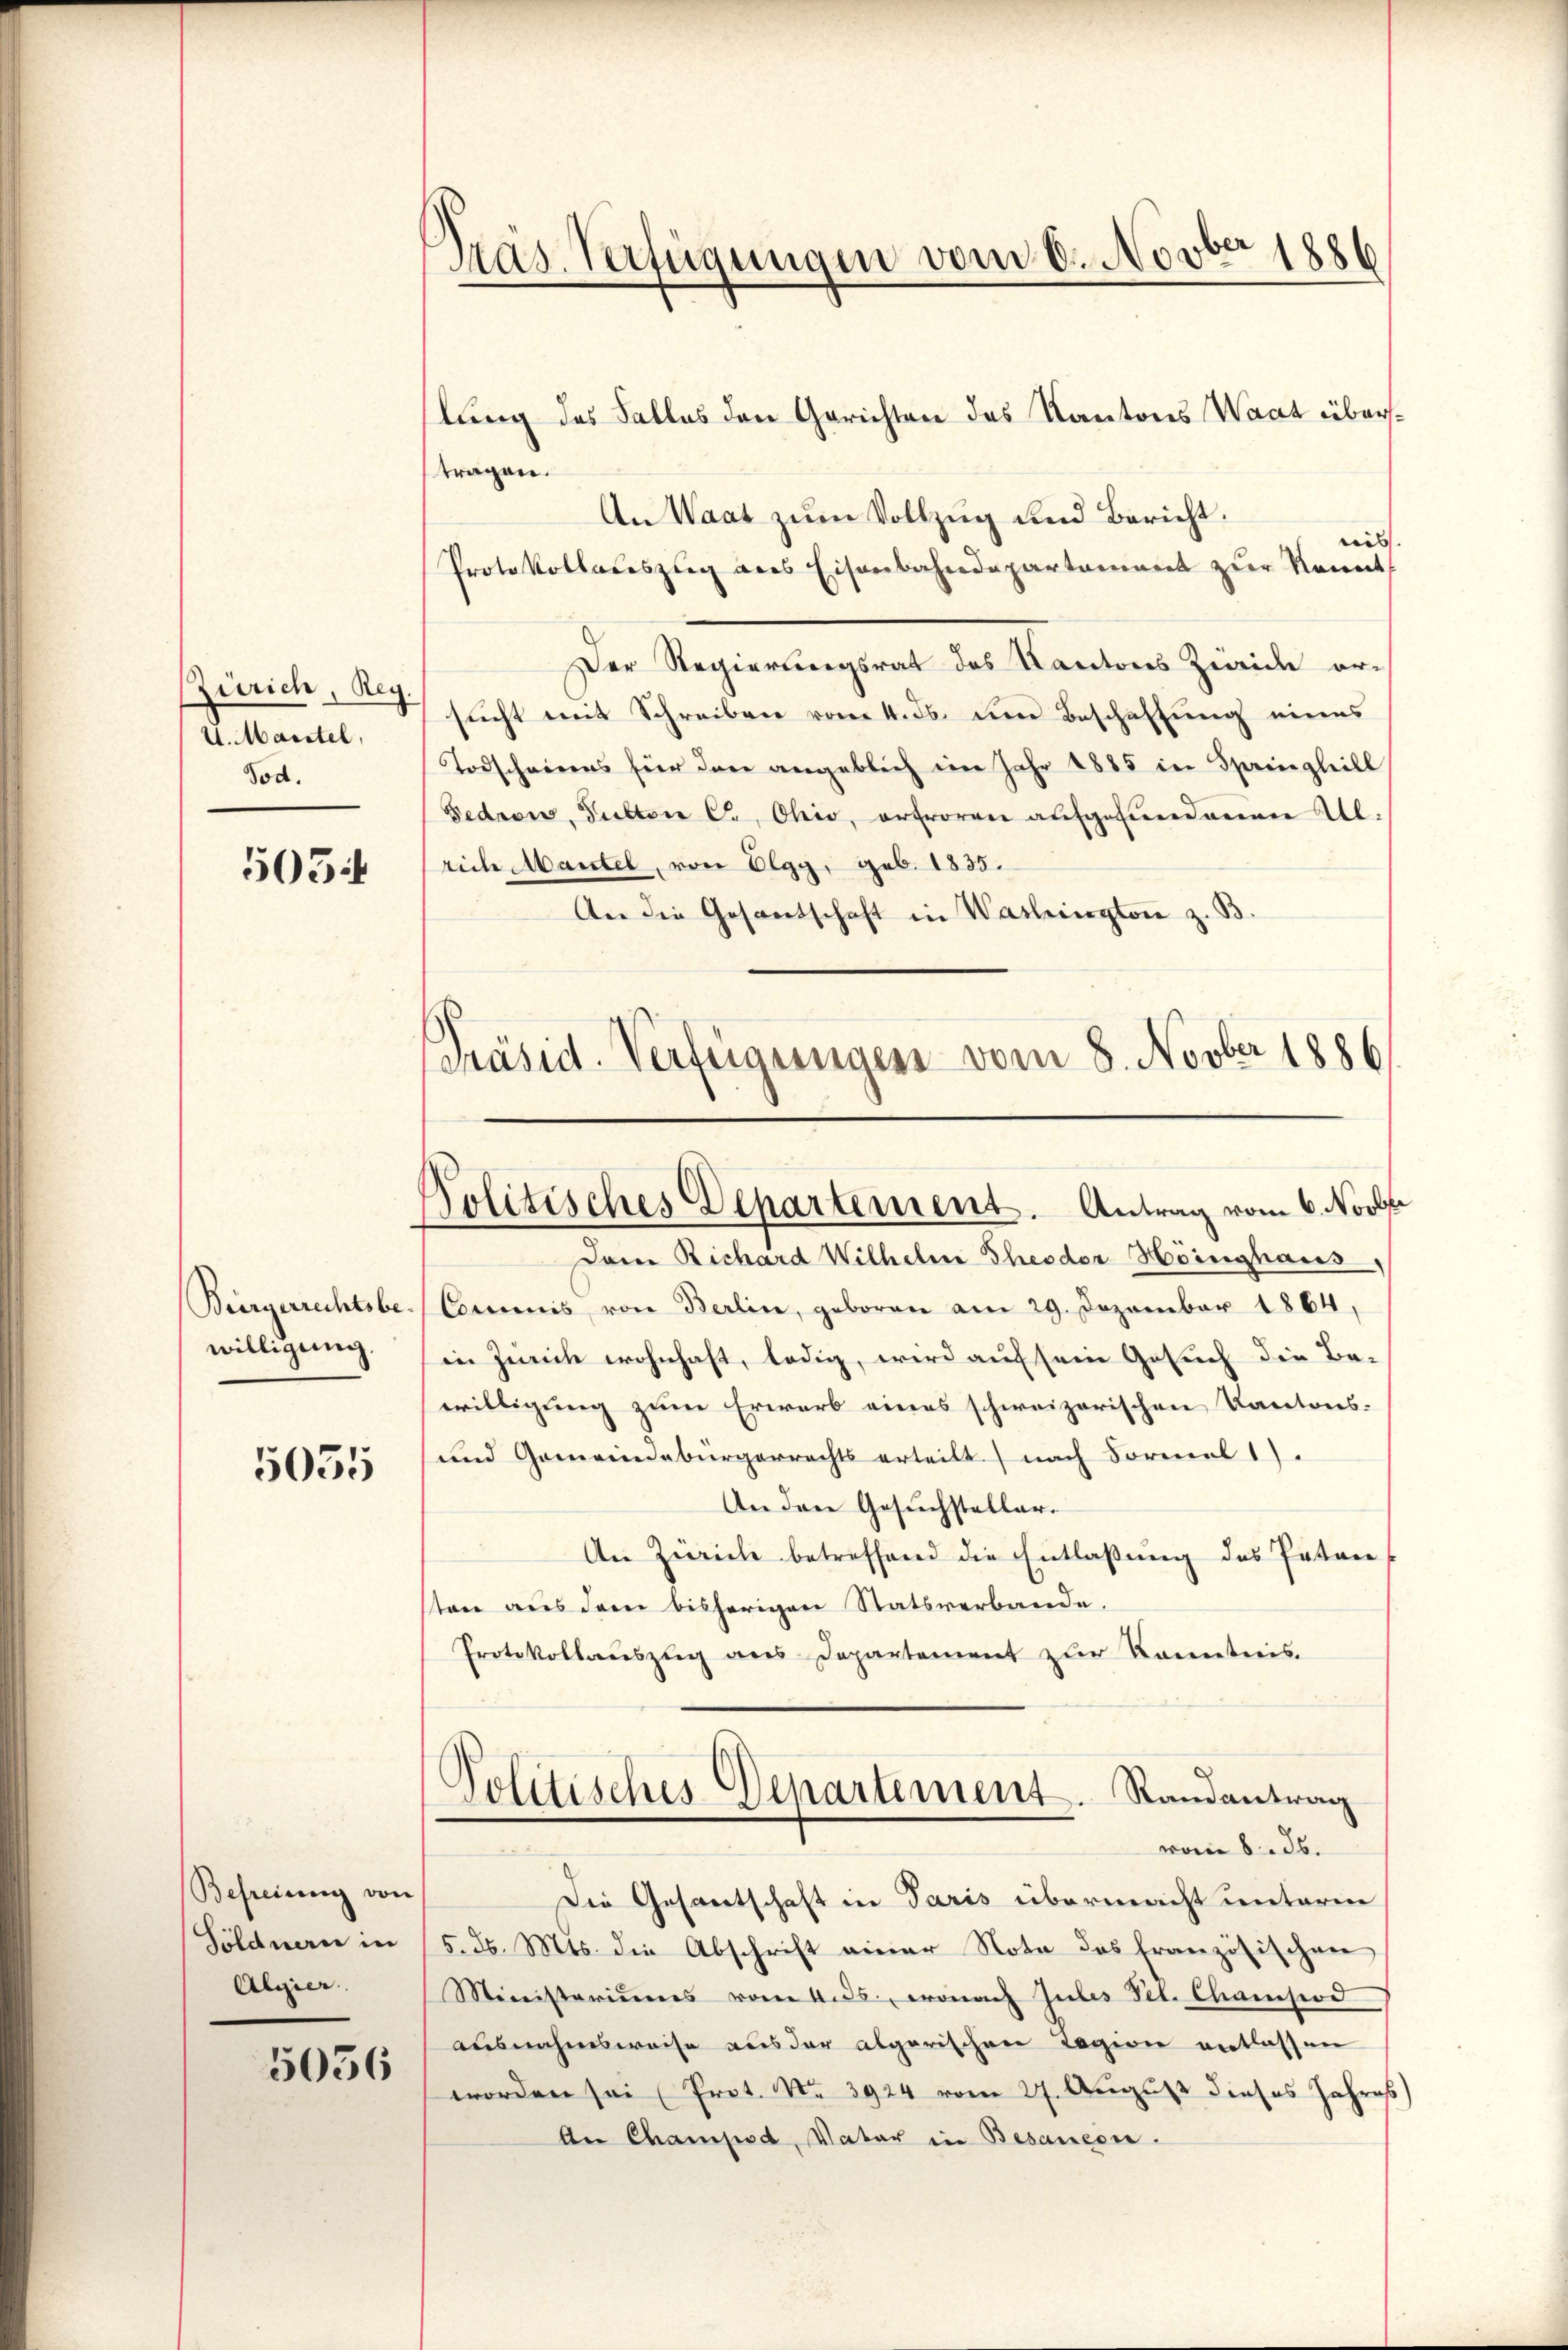
Zürich, Reg.
4. Marstel,
Tod.

503.

Bürgerrechtsbe-
willigung.

5055

Befreiung von
Söldnern in
Algier

5056

Präs. Verfügungen vom 6. Novber 1886

Politisches Departement. Antrag vom 6. Novbr

lung des Falles den Gerichten des Kantons Waat übertragen.
An Waat zum Vollzug und Bericht.
dies
Protokollateszug aus Eisenbahndepartament zur Kennt
Der Regierungsrat des Kantons Zürich er-
sucht mit Schreiben vom 4. ds. um Beschaftung eines
Todscheinens für das angeblich im Jahr 1885 in Springleill
Fedrow, Pulton C, Ohio, erfroren aufgefundeinen Alrich Mantel, von Elgg, geb. 1835.
An die Gesantschaft in Washington z. B.
Präsid. Verfügungen vom 8. Novber 1886

Dem Richard Wilhelm Theodor Hörnighaus,
Commis von Berlin, geboren am 29. Dezember 1864,
in Zeich wohnhaft, ledig, wird auf sein Gesuch die Be-
willigung zum Erwarb eines schweizerischen Kantons-
und Gemeindebürgerrechts erteilt nach Formel 1).
An den Gesuchsteller.
An Zürich betreffend die Entlaßung des Patane
tone aus dem bisherigen Statsverbande.
Protokollauszug aus Departement zur Kenntnis.

Politisches Departement. Randantrag
vom 8. ds.

Die Gesantschaft in Paris übermacht unterm
5. d. Mts. die Abschrift einer Nota das französischen
Miinisteriums vom 4.ds., wonach Gubes Fel. Chamsiod
ausnahmsweise aus der algarischen Tagion entlassen
worden sei (Prot. Nr. 3924 vom 27. August dieses Jahres
An Champod, Vater in Besaneon.